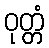
ဝုတ္တံ